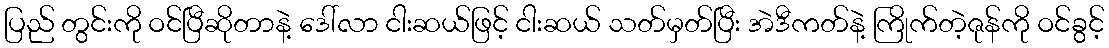
ပြည် တွင်းကို ဝင်ပြီဆိုတာနဲ့ ဒေါ်လာ ငါးဆယ်ဖြင့် ငါးဆယ် သတ်မှတ်ပြီး အဲဒီကတ်နဲ့ ကြိုက်တဲ့ဇုန်ကို ဝင်ခွင့်